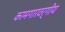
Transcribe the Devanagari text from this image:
कामगारवर्गीय